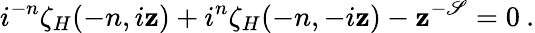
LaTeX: {i}^{-n}\zeta_{H}(-n,i\mathbf{z})+i^{n}\zeta_{H}(-n,-i\mathbf{z})-\mathbf{z}^{-\mathscr{S}}=0\: .